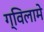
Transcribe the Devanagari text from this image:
ग्विलामे